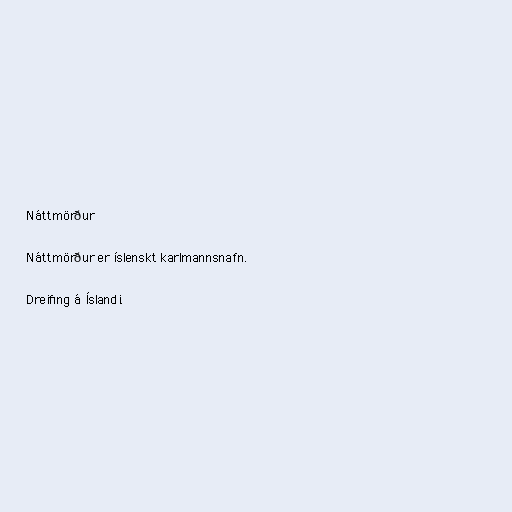
Náttmörður

Náttmörður er íslenskt karlmannsnafn.

Dreifing á Íslandi.